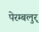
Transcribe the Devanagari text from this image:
पेरम्बलुर्